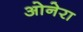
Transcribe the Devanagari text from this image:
ओनेरा